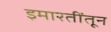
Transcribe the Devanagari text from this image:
इमारतींतून